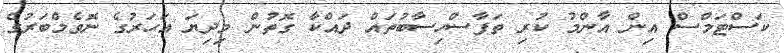
ކަސްޓަމްސް އިން އާންމު ކުރި ތަފާސްހިސާބުތައް ދައްކާ ގޮތުން މިދިޔަ އަހަރުގެ ނޮވެމްބަރުގެ